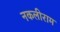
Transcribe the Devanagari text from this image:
नकलीराम